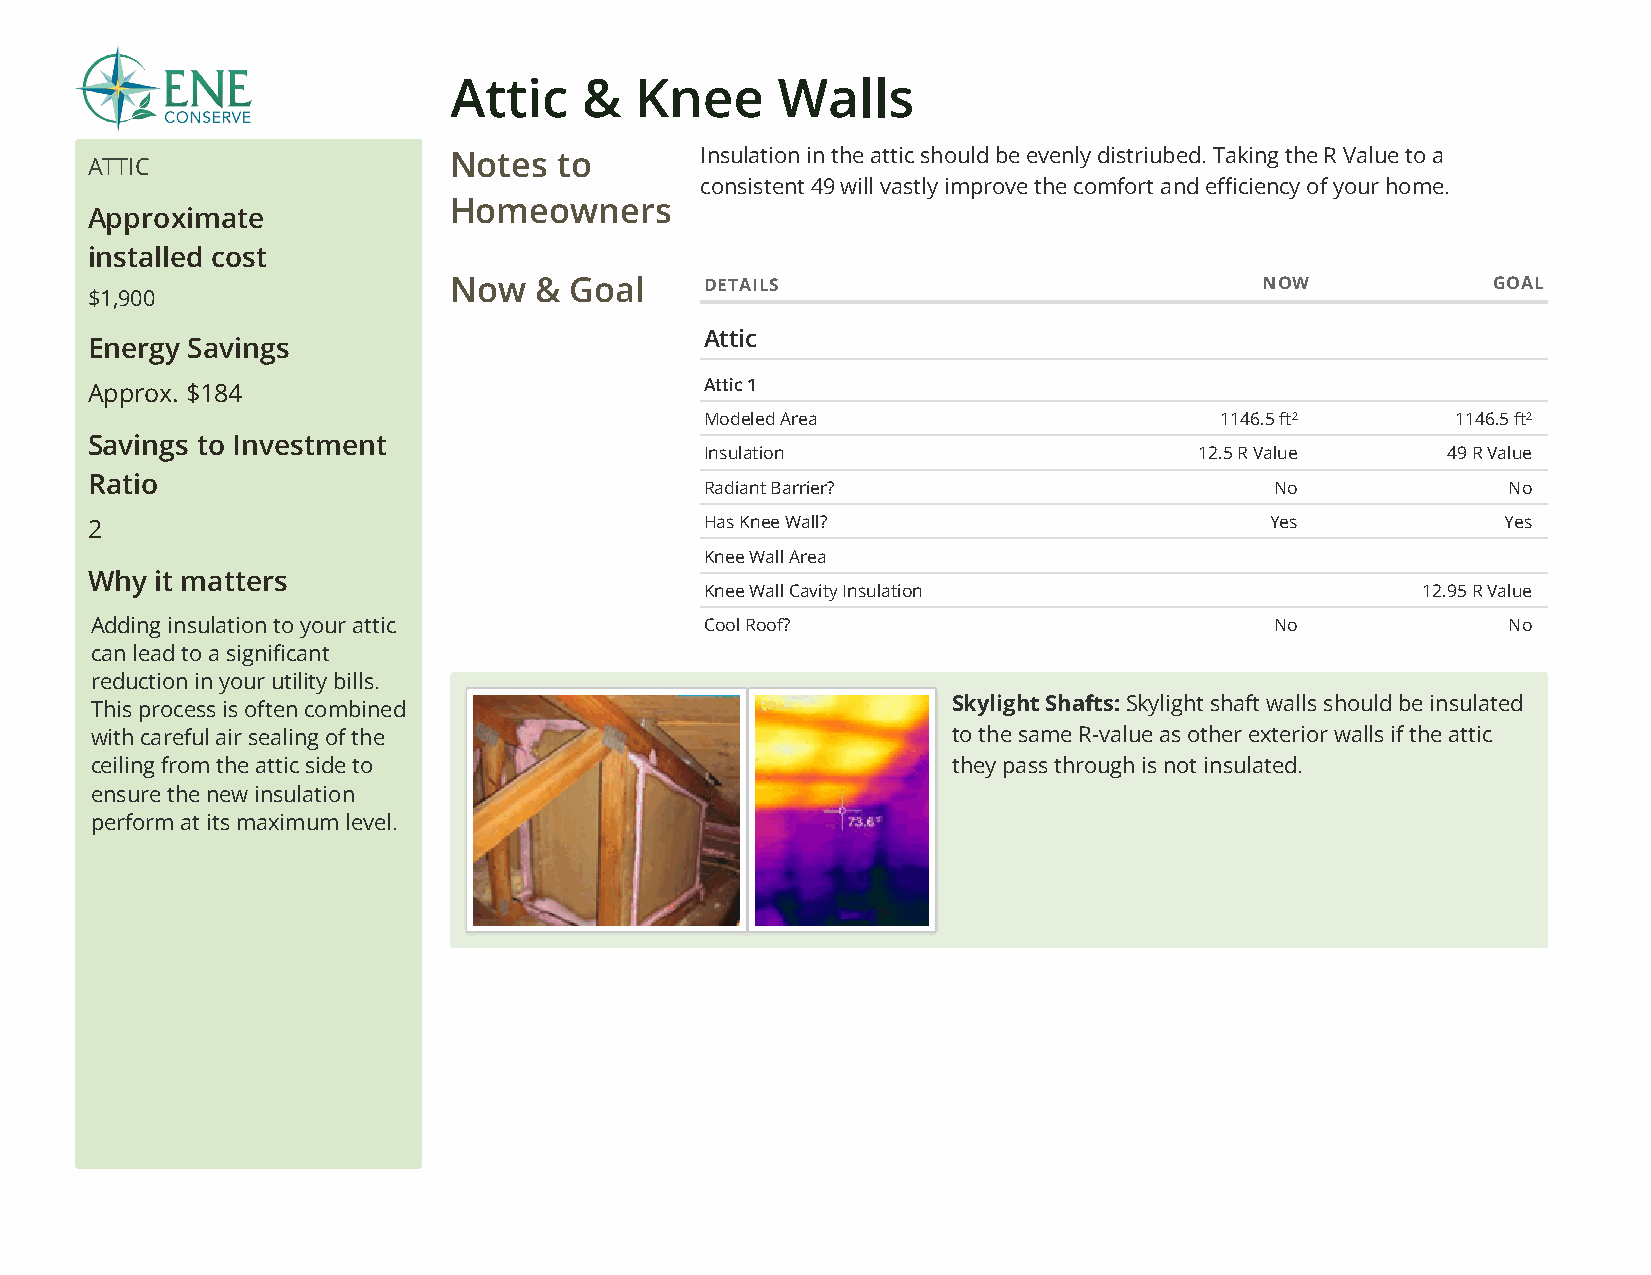
Attic    &  Knee     Walls
 ATTIC                   Notes  to       Insulation in the attic should be evenly distriubed. Taking the R Value to a
 consistent 49 will vastly improve the comfort and eciency of your home.
 Homeowners
 Approximate
 installed cost
 Now  &  Goal     DETAILS                              NOW            GOAL
 $1,900
 Attic
 Energy Savings
 Approx. $184                             Attic 1
 Modeled Area                      1146.5 ft²     1146.5 ft²
 Savings to Investment
 Insulation                      12.5 R Value     49 R Value
 Ratio
 Radiant Barrier?                     No              No
 2                                        Has Knee Wall?                       Yes             Yes
 Knee Wall Area
 Why it matters
 Knee Wall Cavity Insulation                    12.95 R Value
 Adding insulation to your attic          Cool Roof?                           No              No
 can lead to a signicant
 reduction in your utility bills.
 This process is often combined                           Skylight Shafts: Skylight shaft walls should be insulated
 with careful air sealing of the                          to the same R-value as other exterior walls if the attic
 ceiling from the attic side to                           they pass through is not insulated.
 ensure the new insulation
 perform at its maximum level.